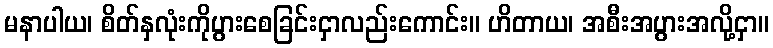
မနာပါယ၊ စိတ်နှလုံးကိုပွားစေခြင်းငှာလည်းကောင်း။ ဟိတာယ၊ အစီးအပွားအလို့ငှာ။